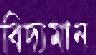
বিদ্যমান